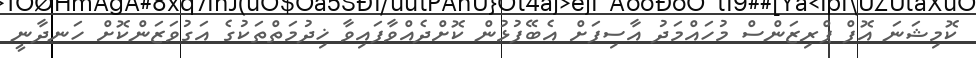
ކޮމިޝަނަ އޮފް ޕްރިޒަންސް މުހައްމަދު އާސިފަށް އެބޭފުޅުން ކޮށްދެއްވާފައިވާ ޚިދުމަތްތަކުގެ އަގުވަޒަންކޮށް ހަނދާނީ